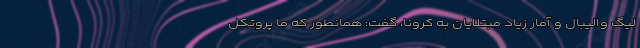
لیگ والیبال و آمار زیاد مبتلایان به کرونا، گفت: همانطور که ما پروتکل